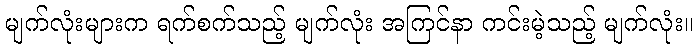
မျက်လုံးများက ရက်စက်သည့် မျက်လုံး အကြင်နာ ကင်းမဲ့သည့် မျက်လုံး။